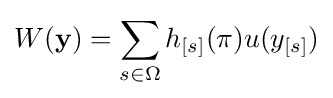
W(\mathbf {y} )=\sum _{s\in \Omega }h_{[s]}(\mathbf {\pi } )u(y_{[s]})